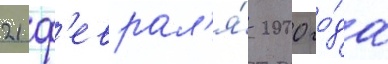
21 ф'еврал'я́ 2000 го́да